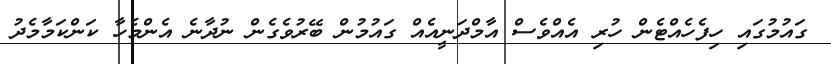
ގައުމުގައި ހިފެހެއްޓެން ހުރި އެއްވެސް އާމްދަނީއެއް ގައުމުން ބޭރުވެގެން ނުދާނެ އެންމެހާ ކަންކަމާމެދު